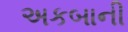
અકબાની